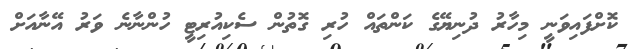
ކޮށްފައިވަނީ މިހާރު ދުނިޔޭގެ ކަންތައް ހުރި ގޮތުން ސެކިއުރިޓީ ހުންނާނެ ވަރު އޭނާއަށް